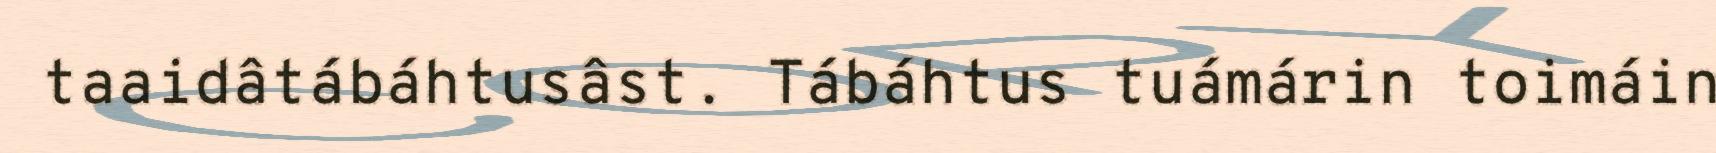
taaidâtábáhtusâst. Tábáhtus tuámárin toimáin